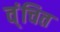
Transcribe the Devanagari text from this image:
व्ंचित